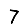
Digit: 7